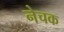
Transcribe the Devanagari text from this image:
नेचक